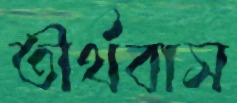
তীর্থবাস